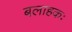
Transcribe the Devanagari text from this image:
बलाहकः